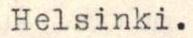
Helsinki.